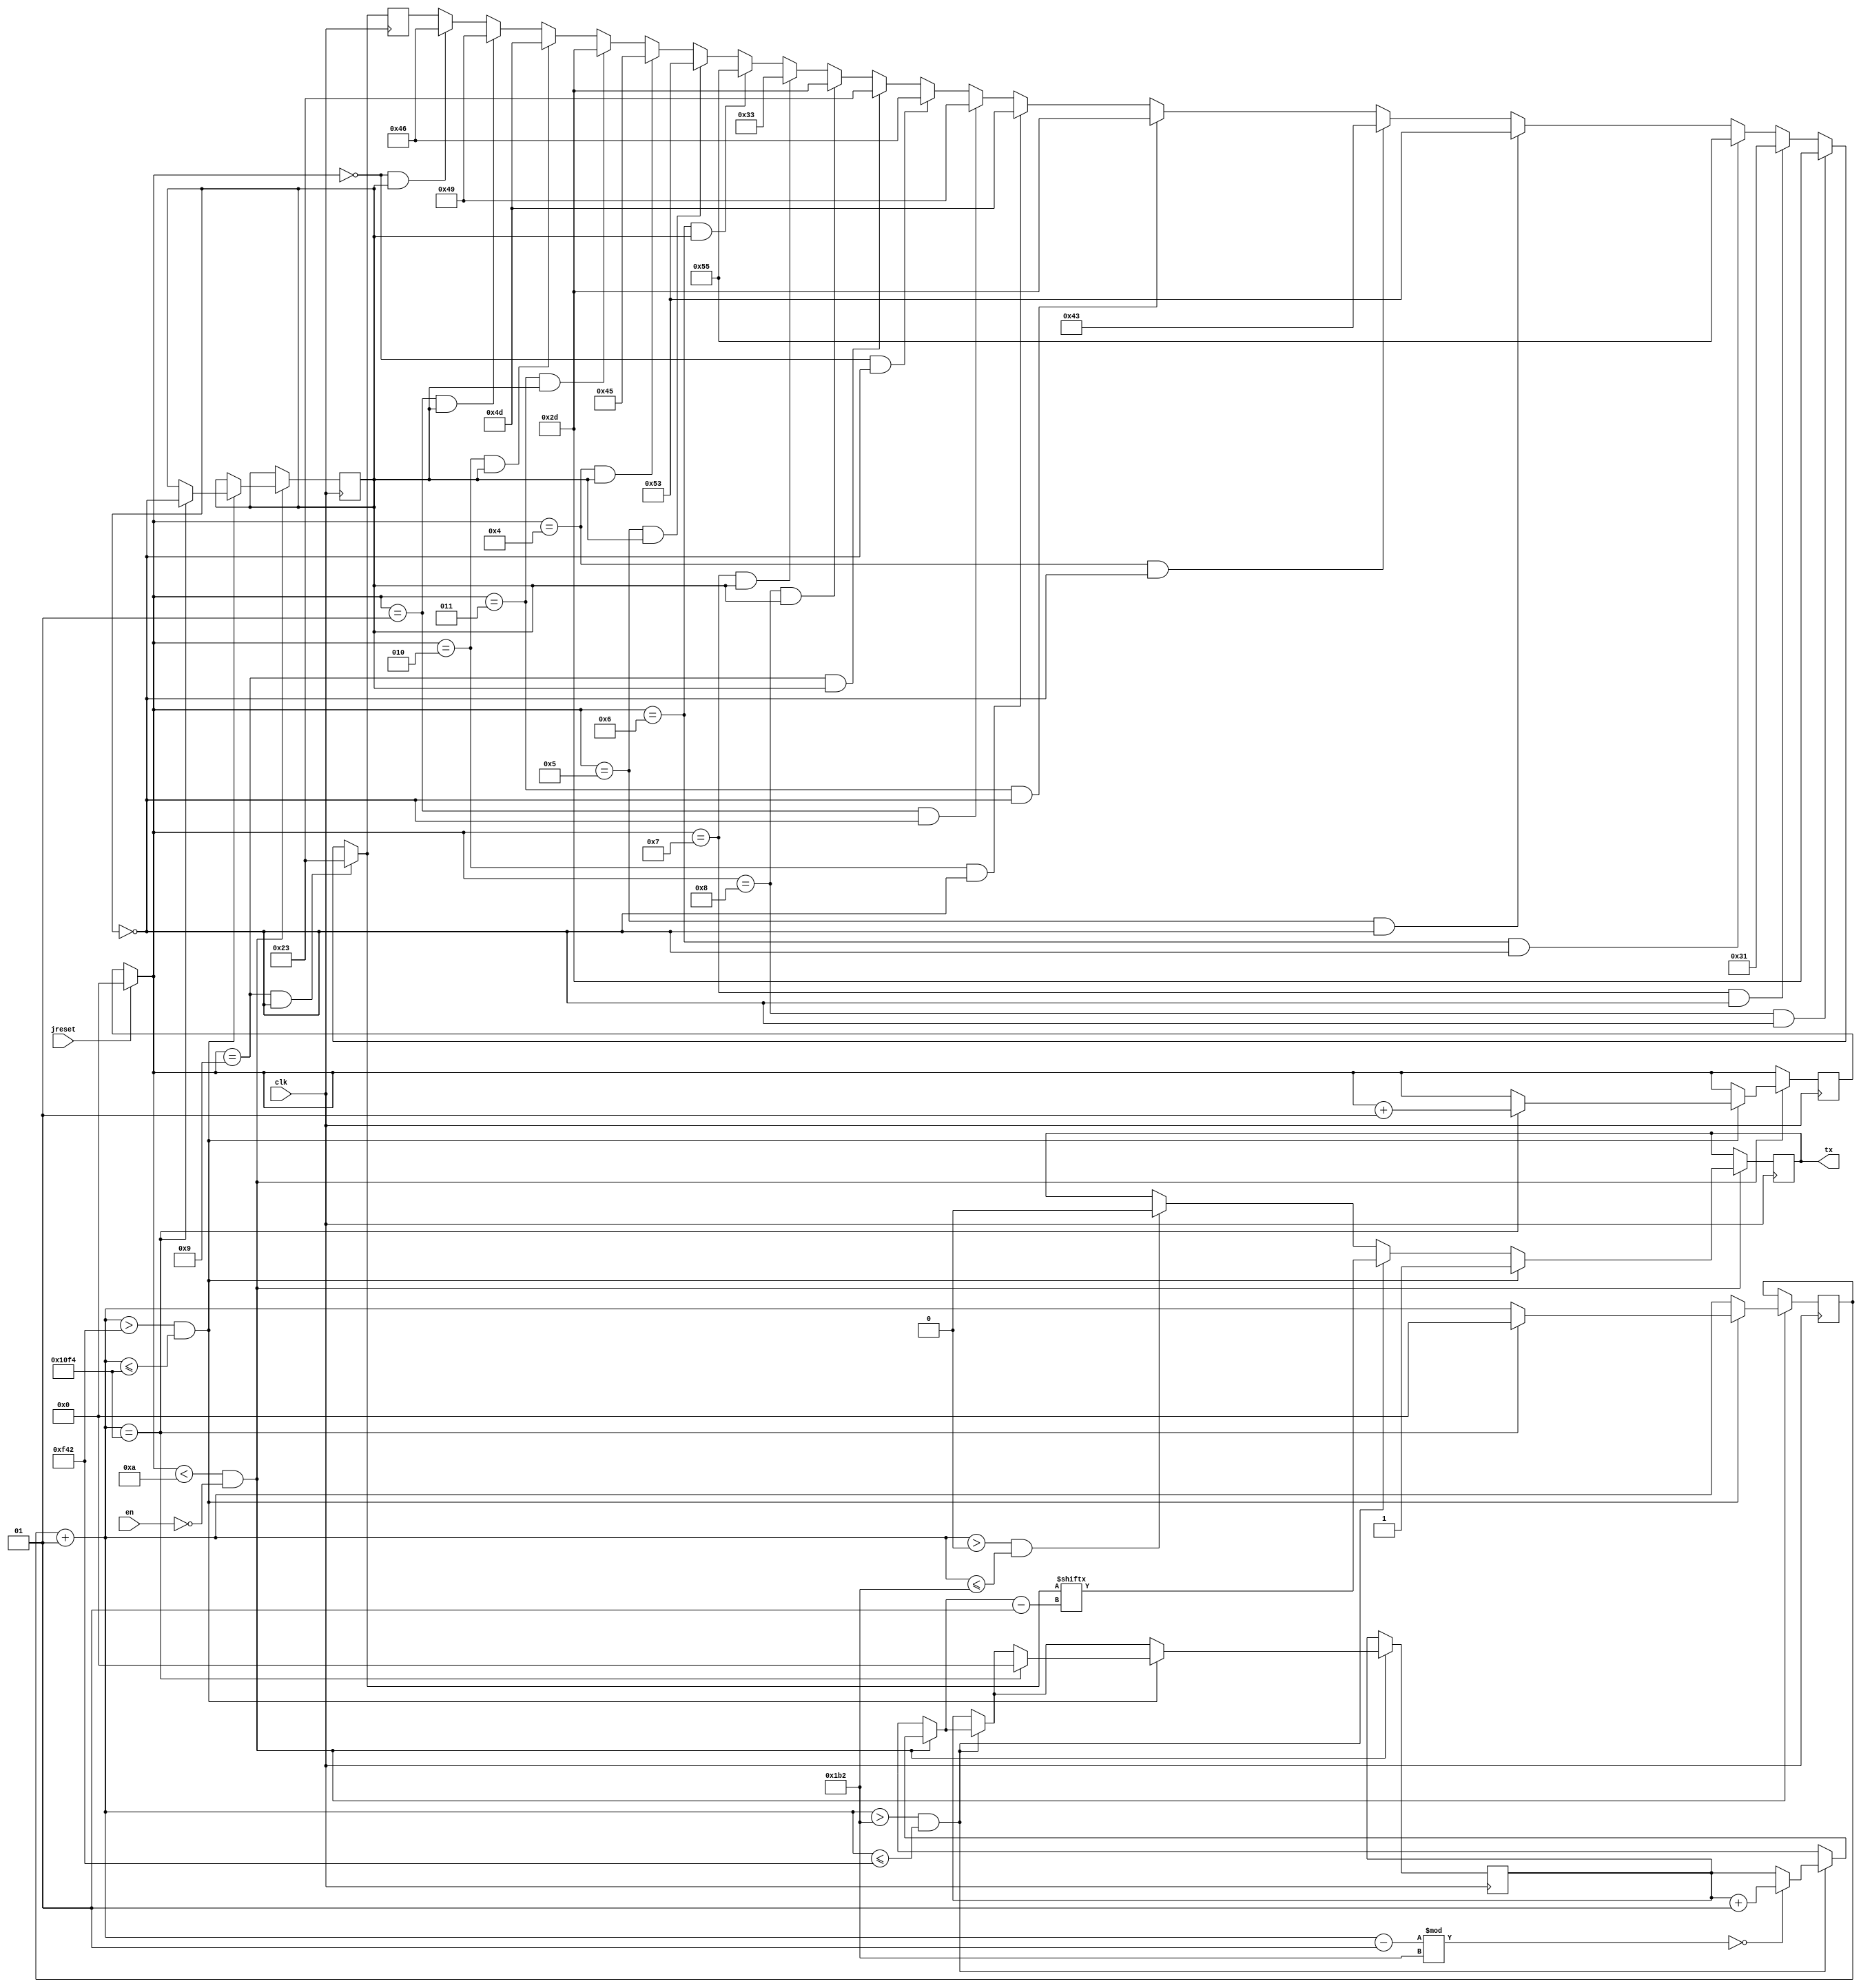
module hc05(clk,tx,en,jreset);
input clk;
input jreset;
input en;
output reg tx;
reg[7:0] data;
integer i,count,edge_count,j;
reg flag,a,b,stage;
initial begin
i=0;
j=0;
flag=1;

count=0;

/*data[0]="U";
data[1]="A";
data[2]="R";
data[3]="T";*/
data="U";
end


always@(posedge clk)begin
if(jreset==1)begin
j=0;
end

if(j==0 && flag==1)begin
data="F";


end
if(j==1 && flag==1)begin
data="I";
end
if(j==2 && flag==1)begin
data="M";
end
if(j==3 && flag==1)begin
data="-";
end
if(j==4 && flag==1)begin
data="E";
end
if(j==5 && flag==1)begin
data="S";
end
if(j==6 && flag==1)begin
data="U";
end
if(j==7 && flag==1)begin
data="3";
end
if(j==8 && flag==1)begin
data="-";
end
if(j==9 && flag==1)begin
data="#";


end
if(j==0 && flag==0)begin
data="F";

end
if(j==1 && flag==0)begin
data="I";
end
if(j==2 && flag==0)begin
data="M";
end
if(j==3 && flag==0)begin
data="-";
end
if(j==4 && flag==0)begin
data="C";
end
if(j==5 && flag==0)begin
data="S";
end
if(j==6 && flag==0)begin
data="U";
end
if(j==7 && flag==0)begin
data="1";
end
if(j==8 && flag==0)begin
data="-";
end
if(j==9 && flag==0)begin
data="#";

end

if(j<10 && !en)begin
count=count+1;
if(count>0 && count<=434)begin
tx=0;
end


if(count>434 && count<=3906)begin
if((count-1)%434==0)begin
i=i+1;
end
tx=data[i-1];
end

if(count>3906 && count<=4340)begin
tx=1;
if(count==4340)begin
count=0;

i=0;
j=j+1;
flag=~flag;

end

end
end

end



endmodule